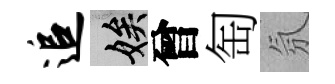
追娭曾匋氛